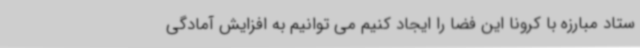
ستاد مبارزه با کرونا این فضا را ایجاد کنیم می توانیم به افزایش آمادگی